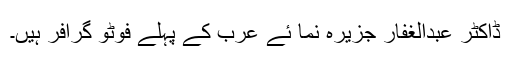
ڈاکٹر عبدالغفار جزیرہ نما ئے عرب کے پہلے فوٹو گرافر ہیں۔